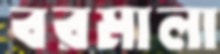
বরমালা